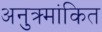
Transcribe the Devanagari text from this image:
अनुक्र्मांकित